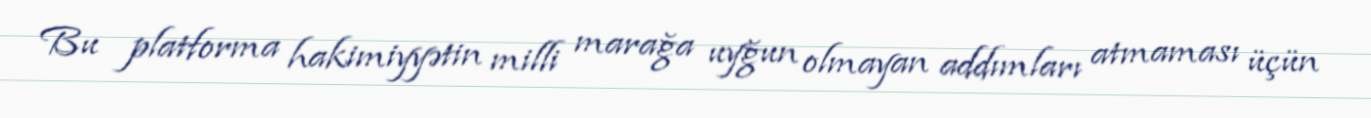
Bu platforma hakimiyyətin milli marağa uyğun olmayan addımları atmaması üçün